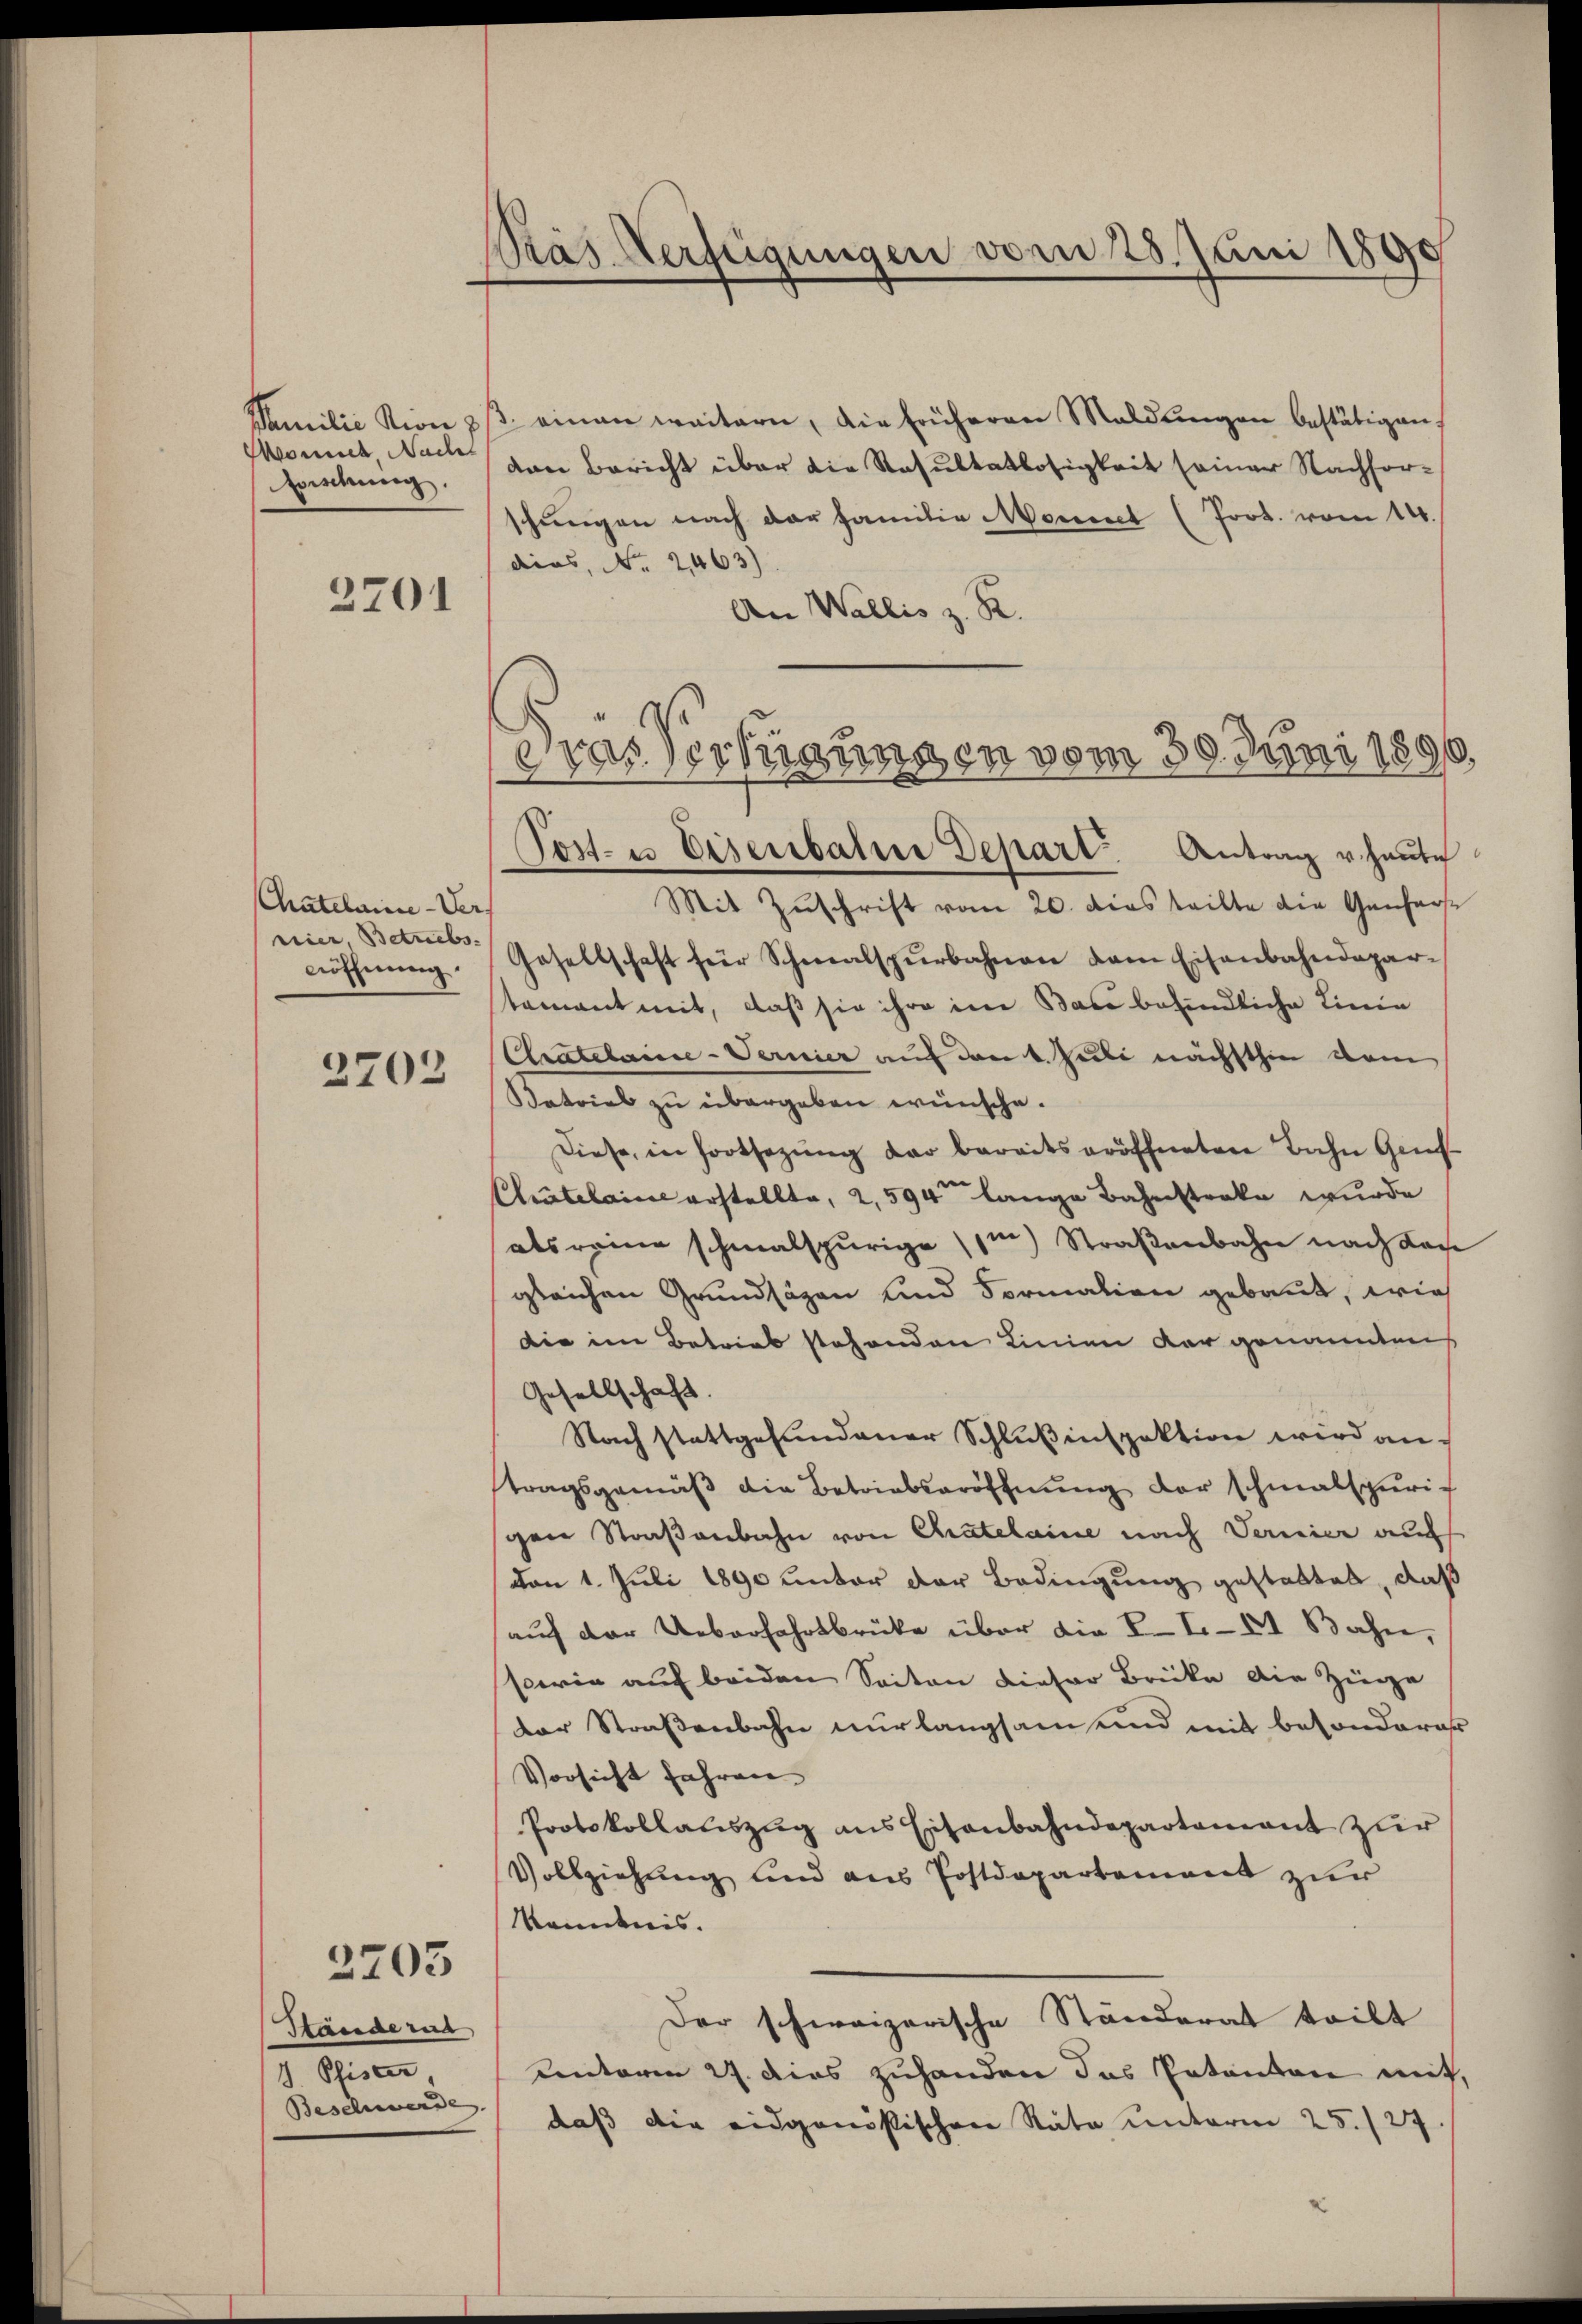
Familie vion z
Wonnet, Nachs
Hiedung.

2701

Chatelaine-Ver.
nier, Betriebs
röffnung.
2703

Ständerat
1. Pfister,
Beschwerde.

2705

Ras Verfügungen vom 28. Juni 1890

3. einen weitern, die früheren Maldŭngen bestätigen,
van Bericht über die Resultatlosigkeit seiner Nachforschungen nach der Familie Moment (Prot. vom 14.
dies, No. 2463)
An Wallis z. R.
Post- u Eisenbahne Depart Antrag v. Heute
Mit Zuschrift vom 20. dies teilte die Gendarst
Gesellschaft für Schmalspŭrbahnen dem Eisenbahndepar-
tamant mit, daß sie ihre im Bau befindliche Linie
Chatelanie-Sernier auf den 1. Juli nächsthin vom
Katrial zu übergeben wünsche.
Diese, in fortsezung der bereitseröffneten Bahn Genf
Chatelaine erstellte, 2,594 lange Bahnstreke wurde
als reine schmalspurigem Straßenbahn nach Lage
gleichen Grundsägen und Formalion gebaut, wie
die im Betrieb stehenden Linien der genannten
Gesellschaft.
Nach stattgefundener Schlußinspektion wird antragsgemäß die Betriebseröffnung der schmalspurig
gen Straßenbahn von Chatelaine nach Vernier auf
von 1. Juli 1890 unter der Bedingung gestattet, daß
auf der Ueberfahrtbrücke über die L. S. 21 Bahn,
sowie auf beiden Seiten dieser Brücke die Züge
der Straßenbahn nur langsam und mit besonderer
Vorsicht fahren
Protokollauszug aus Eisenbahndepartement zur
Vollziehung und aus Postdepartement zur
kändnis.
Der schweizerische Ständerat teilt
unterm 27. dies zuhanden das Patanton mit,
daß die eidgenössischen Räte unterm 25./27.

Das Verfügungen vom 30. Juni 1890.
G